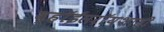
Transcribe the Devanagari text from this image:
व्हॉईसरॉयशाही